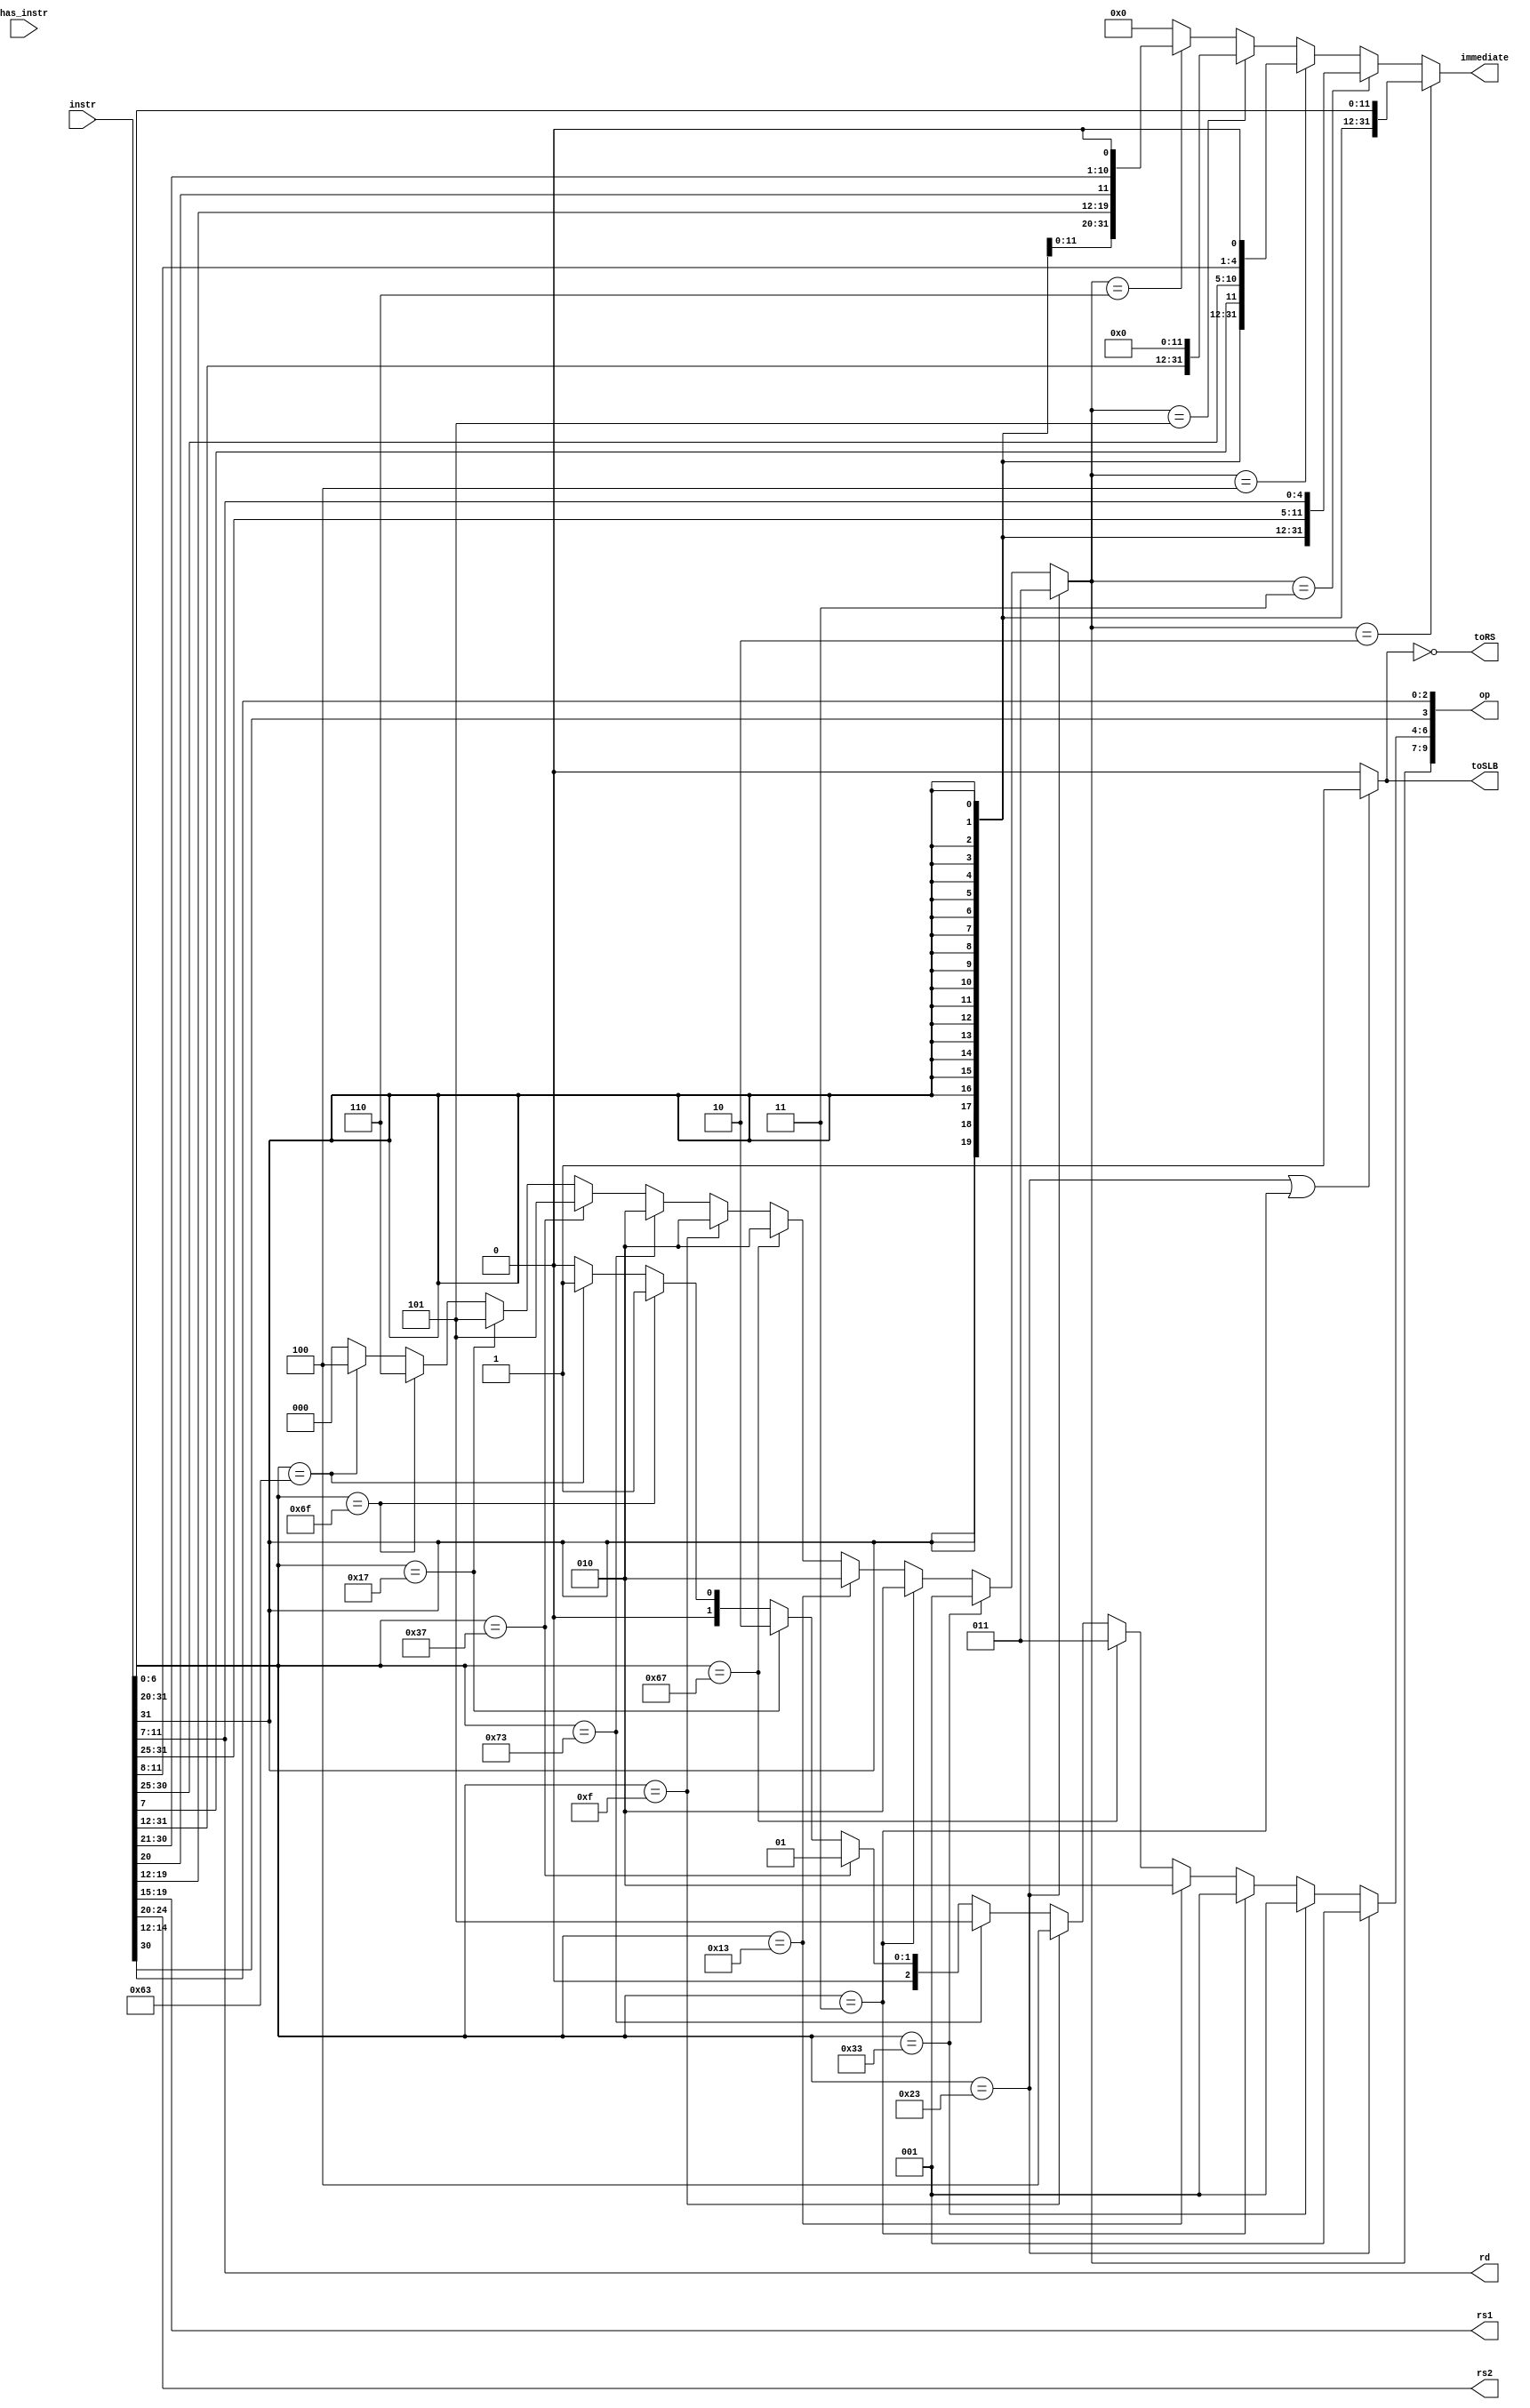
module Issue
    #(
    parameter Q_WIDTH = 5,
    parameter REG_ADDR_WIDTH = 5
    )
    (
    input wire [31:0]     instr,
    input wire        has_instr,
    
    output wire [REG_ADDR_WIDTH-1:0] rs1,
    output wire [REG_ADDR_WIDTH-1:0] rs2,
    output wire [REG_ADDR_WIDTH-1:0] rd,
    
    output wire toSLB,
    output wire toRS,

    output wire [9:0]    op,
    output wire [31:0]   immediate
    );
    
    wire [31:0] immediateI,immediateS,immediateB,immediateU,immediateJ;
    //0 for empty, 1 for R, 2 for I
    //3 for S, 4 for B, 5 for U
    //6 for J
    wire [2:0] type;
    wire [3:0] sub_opcode;
    wire [2:0] sub_opcode_head;
    assign rs1 = instr[19:15];
    assign rs2 = instr[24:20];
    assign rd  = instr[11:7];
    assign immediateI = {{21{instr[31]}},instr[30:20]};
    assign immediateS = {{21{instr[31]}},instr[30:25],instr[11:7]};
    assign immediateB = {{20{instr[31]}},instr[7],instr[30:25],instr[11:8],1'b0};
    assign immediateU = {instr[31:12],12'b0};
    assign immediateJ = {{12{instr[31]}},instr[19:12],instr[20],instr[30:21],1'b0};
    assign immediate = (type==2? immediateI:
                        type==3? immediateS:
                        type==4? immediateB:
                        type==5? immediateU:
                        type==6? immediateJ:
                        0);
    assign toSLB = (instr[6:0]==7'b0100011 | instr[6:0]==7'b0000011)? 1:0;
    assign toRS = ~toSLB;
    assign type = (instr[6:0]==7'b0100011)?3:
                  (instr[6:0]==7'b0110011)?1:
                  (instr[6:0]==7'b0000011)?2:
                  (instr[6:0]==7'b0010011)?2:
                  (instr[6:0]==7'b1100111)?2:
                  (instr[6:0]==7'b0001111)?2:
                  (instr[6:0]==7'b1110011)?2:
                  (instr[6:0]==7'b0110111)?5:
                  (instr[6:0]==7'b0010111)?5:
                  (instr[6:0]==7'b1101111)?6:
                  (instr[6:0]==7'b1100011)?4:
                  0;
    assign sub_opcode = {instr[30],instr[14:12]};
    assign sub_opcode_head = (instr[6:0]==7'b0100011)?1:
                  (instr[6:0]==7'b0110011)?1:
                  (instr[6:0]==7'b0000011)?1:
                  (instr[6:0]==7'b0010011)?2:
                  (instr[6:0]==7'b1100111)?3:
                  (instr[6:0]==7'b0001111)?4:
                  (instr[6:0]==7'b1110011)?5:
                  (instr[6:0]==7'b0110111)?1:
                  (instr[6:0]==7'b0010111)?2:
                  (instr[6:0]==7'b1101111)?1:
                  (instr[6:0]==7'b1100011)?1:
                  0;
    assign op = {type,sub_opcode_head,sub_opcode};
    // always @(*) begin
    //     case (instr[6:0])
    //         7'b0100011: begin
    //           type <= 1;
    //         end 
    //         7'b0110011: begin
              
    //         end
    //         7'b0000011: begin
              
    //         end
    //         7'b0010011: begin
              
    //         end
    //         7'b1100111: begin
              
    //         end
    //         7'b0001111: begin
              
    //         end
    //         7'b1110011: begin
              
    //         end
    //         7'b0110111: begin
              
    //         end
    //         7'b0010111: begin
              
    //         end
    //         7'b1101111: begin
              
    //         end
    //         7'b1100011: begin
              
    //         end
    //         default: begin
              
    //         end
    //     endcase
    // end
endmodule